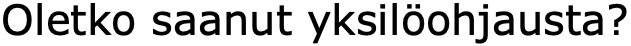
Oletko saanut yksilöohjausta?